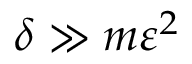
\delta \gg m \varepsilon ^ { 2 }